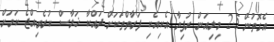
އެގޮތުން 2.5 މިލިއަން ރުފިޔާ އެކިއެކި ފަރާތްތަކަށް ދައްކާ ޚަލާސް ކުރެވިއްޖެ ކަމަށް